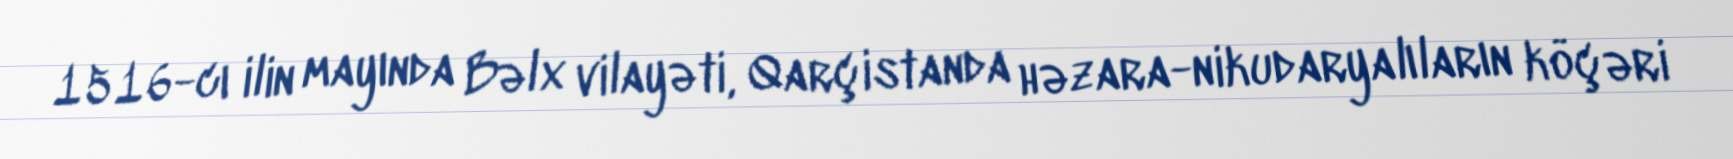
1516-cı ilin mayında Bəlx vilayəti, Qarçistanda həzara-nikudaryalıların köçəri